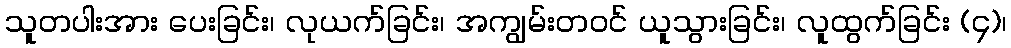
သူတပါးအား ပေးခြင်း၊ လုယက်ခြင်း၊ အကျွမ်းတဝင် ယူသွားခြင်း၊ လူထွက်ခြင်း (၄)၊